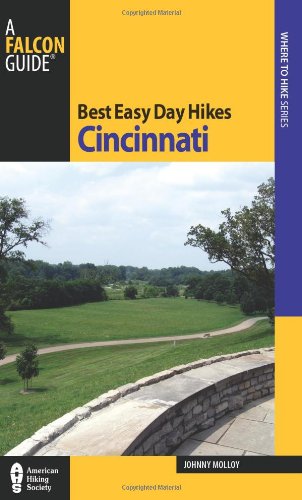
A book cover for Best Easy Day Hikes Cincinnati (Best Easy Day Hikes Series); Johnny Molloy; Travel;